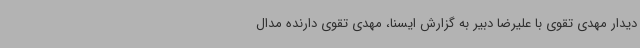
دیدار مهدی تقوی با علیرضا دبیر به گزارش ایسنا، مهدی تقوی دارنده مدال